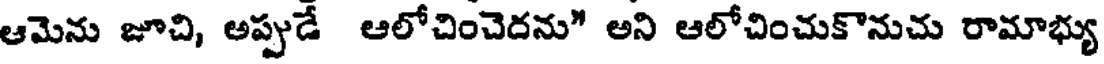
ఆమెను జూచి, అప్పుడే ఆలోచించెదను" అని ఆలోచించుకొనుచు రామాభ్యు